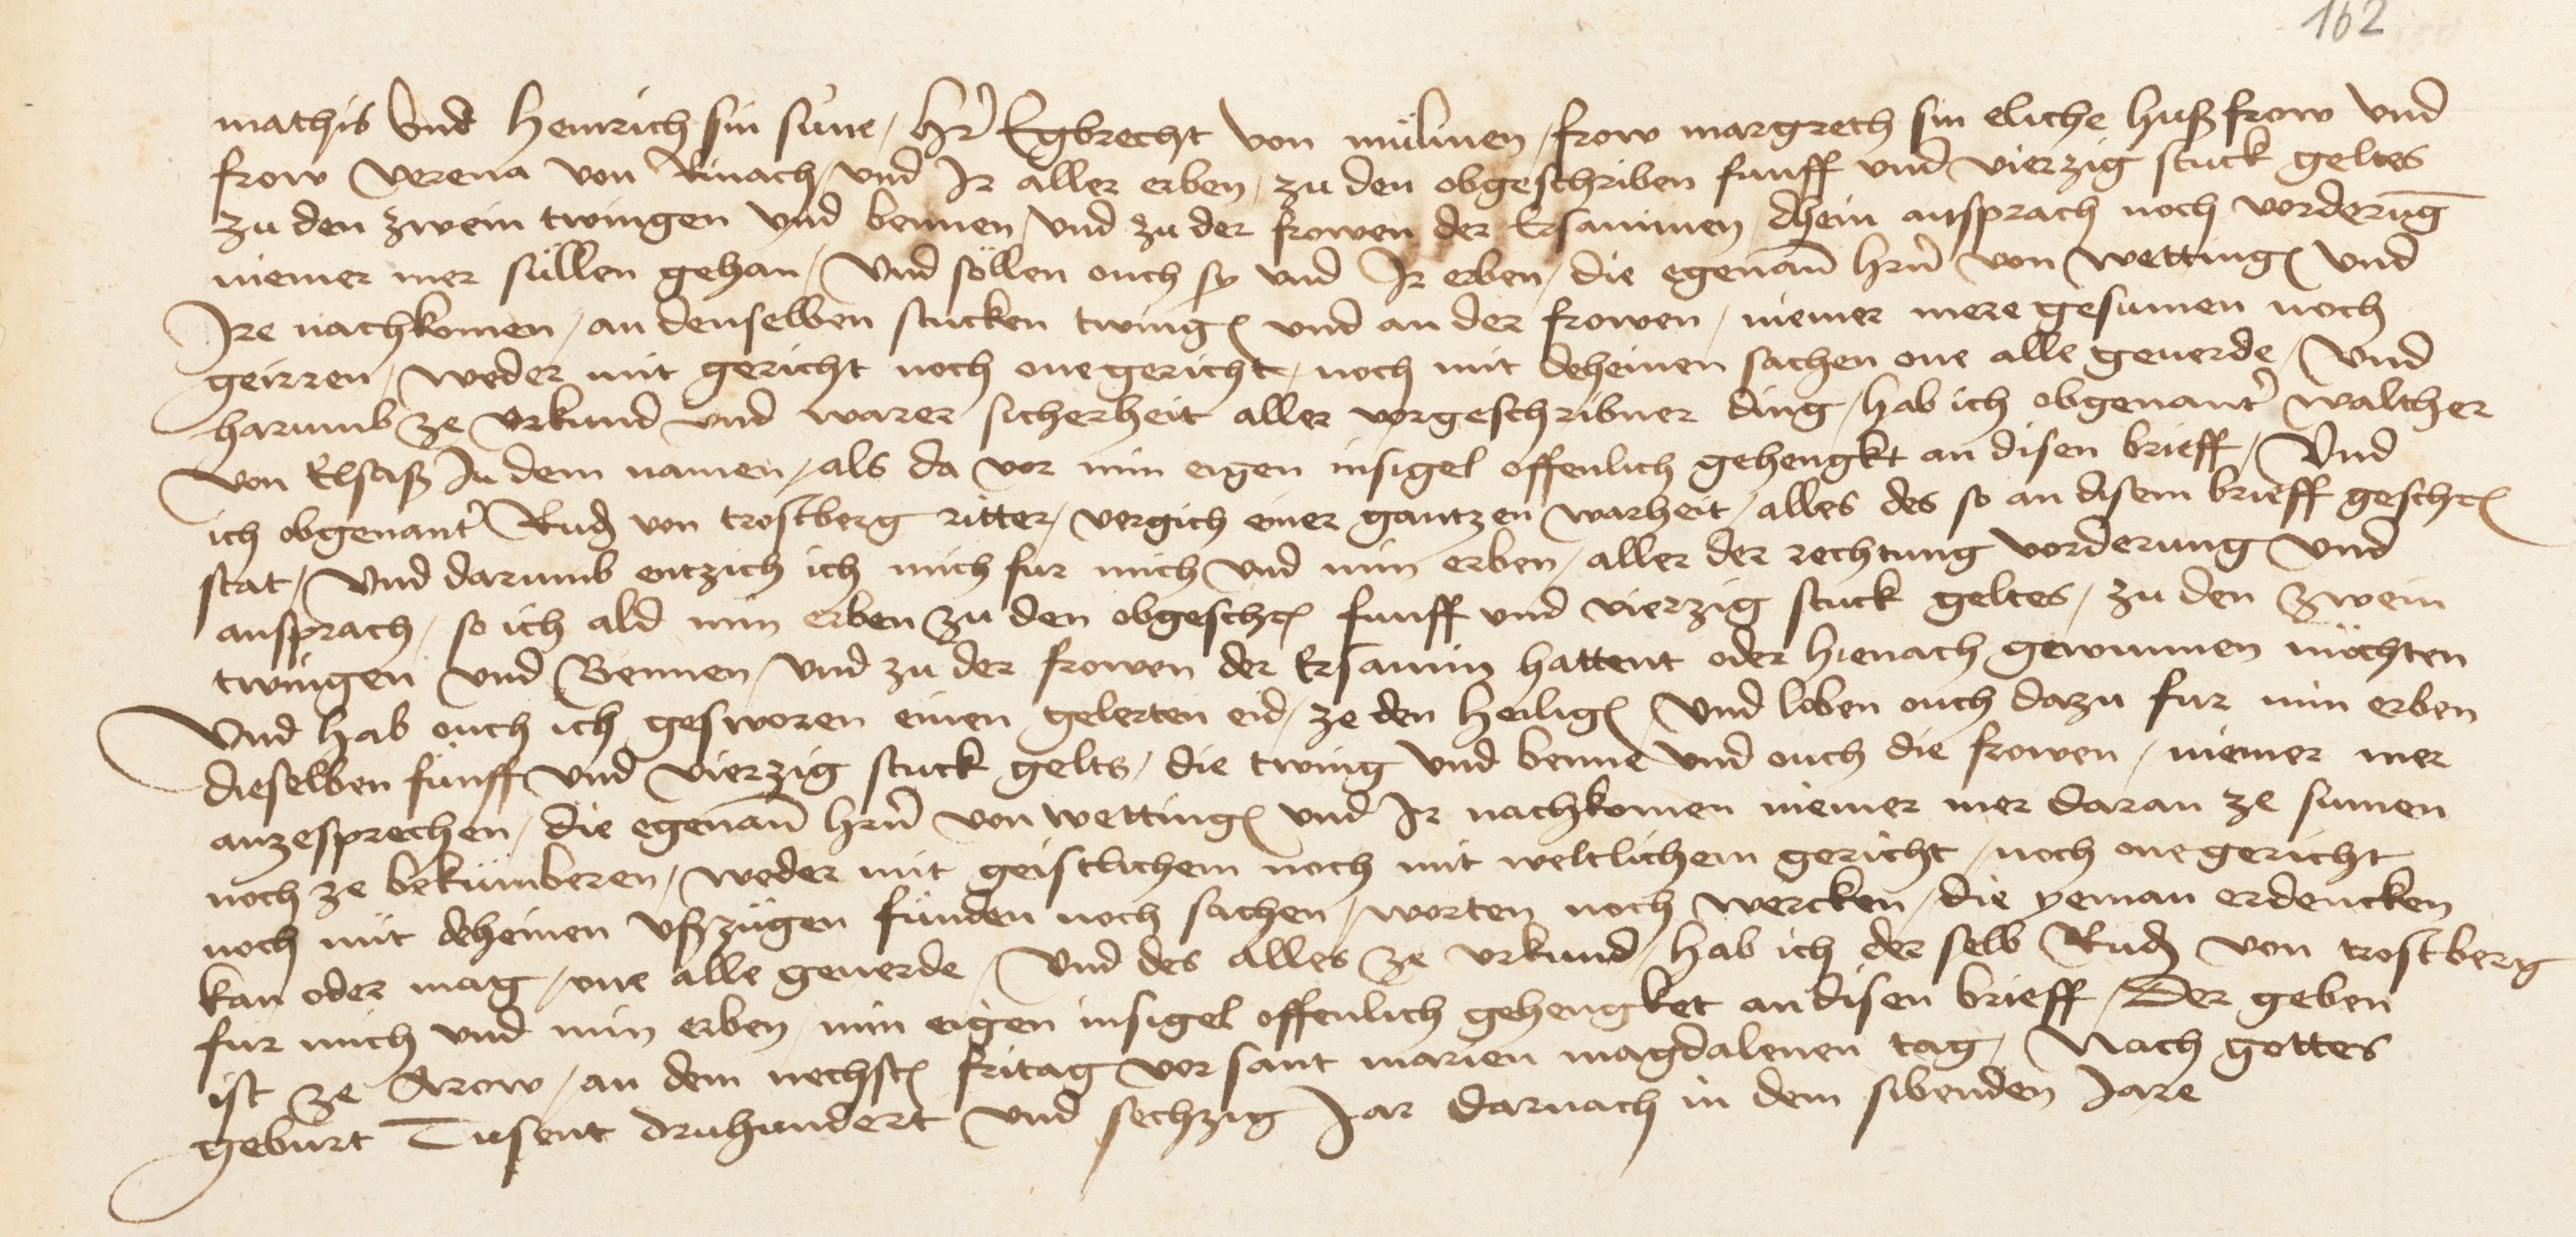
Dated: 1475–1505